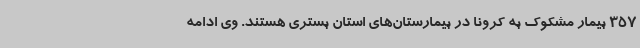
357 بیمار مشکوک به کرونا در بیمارستان‌های استان بستری هستند. وی ادامه